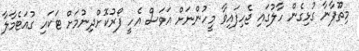
މިތޫފާނާ ގުޅިގެން ހާލުގައި ޖެހިފައިވާ މީހުންނަށް އަވަސް އެހީ ފޯރުކޮށްދިނުމަށް ޓަކައި ގުއަޓެމާލާ